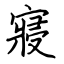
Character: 寢